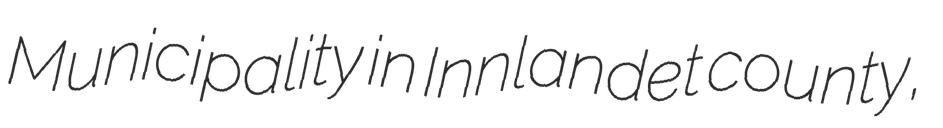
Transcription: Municipality in Innlandet county,